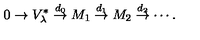
0 \rightarrow V _ { \lambda } ^ { * } \stackrel { d _ { 0 } } { \rightarrow } M _ { 1 } \stackrel { d _ { 1 } } { \rightarrow } M _ { 2 } \stackrel { d _ { 2 } } { \rightarrow } \cdots .